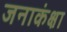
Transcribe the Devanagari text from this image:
जनाकंक्षा